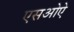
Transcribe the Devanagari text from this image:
एसओऐ